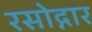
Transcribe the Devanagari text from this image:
रसोद्गार